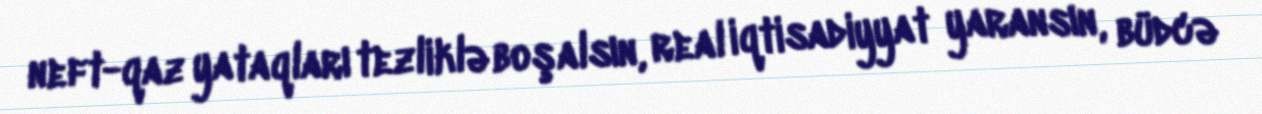
neft-qaz yataqları tezliklə boşalsın, real iqtisadiyyat yaransın, büdcə